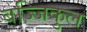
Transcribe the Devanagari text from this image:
बज्जिकुल